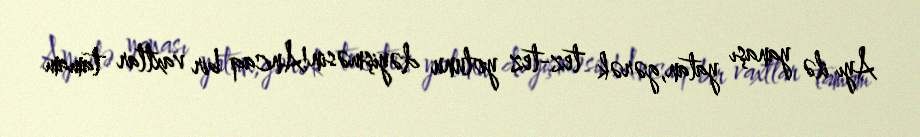
Ayı ilə yanaşı yatan,gərək tez-tez yolunu dəyişməsin!Ancaq bir vaxtlar tamam